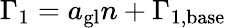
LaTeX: \Gamma_{1}=a_{\mathrm{gl}}n+\Gamma_{1,\mathrm{base}}